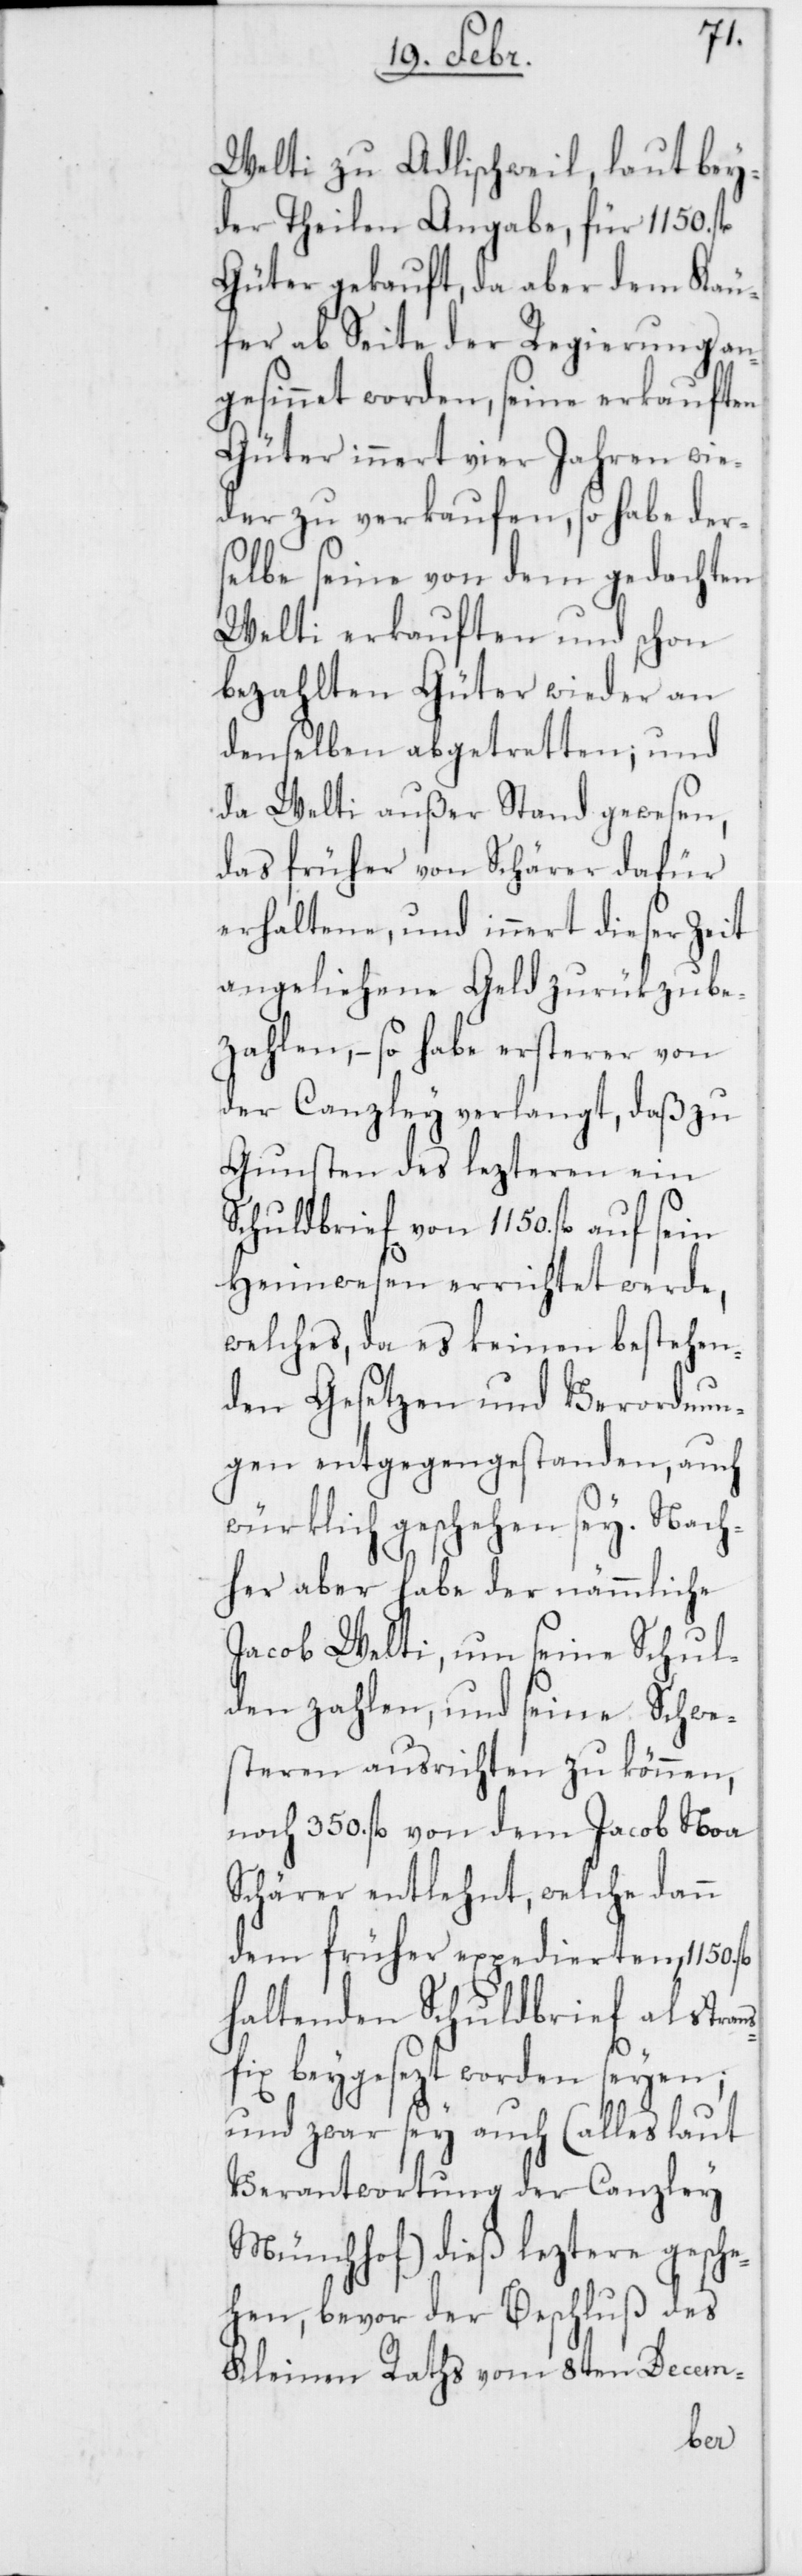
Welti zu Adlischweil, laut bey¬
der Theilen Angabe, für 1150.
Güter gekauft, da aber dem Käu¬
fer ab Seite der Regierung an¬
gesinnet worden, seine erkauften
Güter innert vier Jahren wie¬
der zu verkaufen, so habe der¬
selbe seine von dem gedachten
Welti erkauften und schon
bezahlten Güter wieder an
denselben abgetretten; und
da Welti außer Stand gewesen,
das früher von Schärer dafür
erhaltene, und innert dieser Zeit
angeliehene Geld zurükzube¬
zahlen, – so habe ersterer von
der Canzley verlangt, daß zu
Gunsten des lezteren ein
Schuldbrief von 1150. fl. auf sein
Heimwesen errichtet werde,
welches, da es keinen bestehen¬
den Gesetzen und Verordnun¬
gen entgegengestanden, auch
würklich geschehen sey. Nach¬
her aber habe der nämmliche
Jacob Welti, um seine Schul¬
den zahlen, und seine Schwe¬
steren ausrichten zu können,
noch 350. fl. von dem Jacob Noa
Schärer entlehnt, welche dann
dem früher expedierten, 1150.
haltenden Schuldbrief als Tr¬
fix beygesezt worden seyen;
und zwar sey auch (alles laut
Verantwortung der Canzley
Münchhof) dieß leztere gesche¬
hen, bevor der Beschluß des
Kleinen Raths vom 8ten Decem-
ans¬